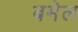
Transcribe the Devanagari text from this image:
बमेल